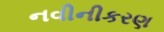
નવીનીકરણ